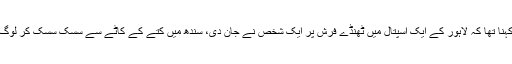
مراد سعید کا کہنا تھا کہ لاہور کے ایک اسپتال میں ٹھنڈے فرش پر ایک شخص نے جان دی، سندھ میں کتے کے کاٹے سے سسک سسک کر لوگ مر رہے ہیں۔